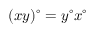
( x y ) ^ { \circ } = y ^ { \circ } x ^ { \circ }